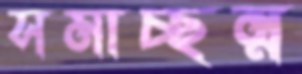
সমাচ্ছন্ন